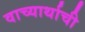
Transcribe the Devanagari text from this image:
वाच्यार्थाची